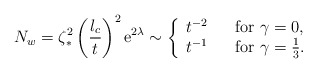
\begin{align*}N_w = \zeta^2_\ast \left( \frac{l_c}{t} \right)^2 \mathrm{e}^{2\lambda} \sim \left\{ \begin{array}{ll} t^{-2} & \textrm{\,\,\, for } \gamma=0, \\ t^{-1} & \textrm{\,\,\, for } \gamma=\frac{1}{3}. \end{array} \right.\end{align*}